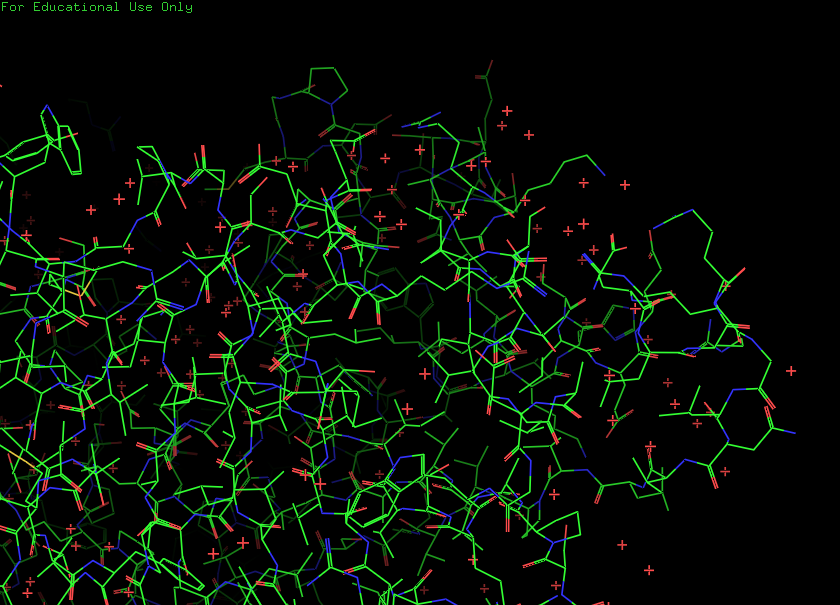
pymol, preset, default